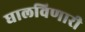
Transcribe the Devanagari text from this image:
घालविणारी